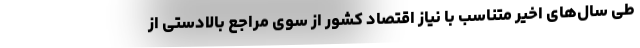
طی سال‌های اخیر متناسب با نیاز اقتصاد کشور از سوی مراجع بالادستی از